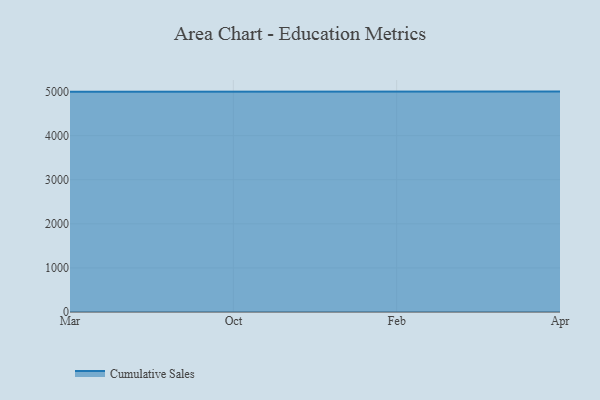
{"axis": {"x": "Month", "y": "Temperature (°C)"}, "legend": ["Cumulative Sales"], "data": [{"x": "Mar", "y": 4996.5, "type": "Cumulative Sales"}, {"x": "Oct", "y": 5000, "type": "Cumulative Sales"}, {"x": "Feb", "y": 5000, "type": "Cumulative Sales"}, {"x": "Apr", "y": 5000, "type": "Cumulative Sales"}]}